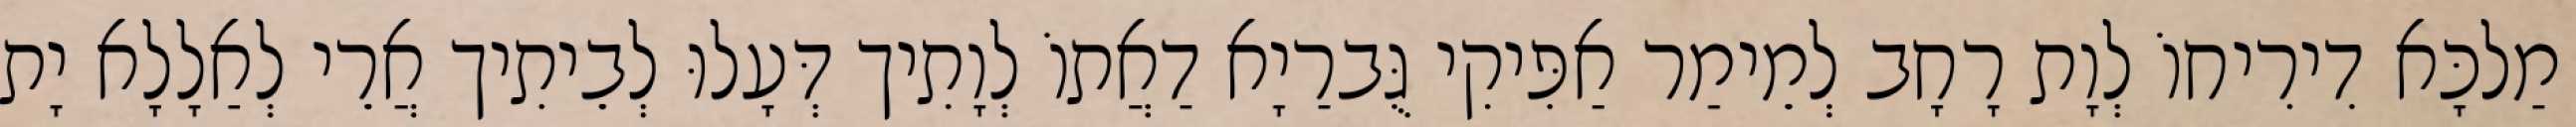
מַלכָּא דִירִיחוֹ לְוָת רָחָב לְמֵימַר אַפִּיקִי גֻּברַיָא דַאֲתוֹ לְוָתִיך דְּעָלוּ לְבֵיתִיך אֲרֵי לְאַלָלָא יָת